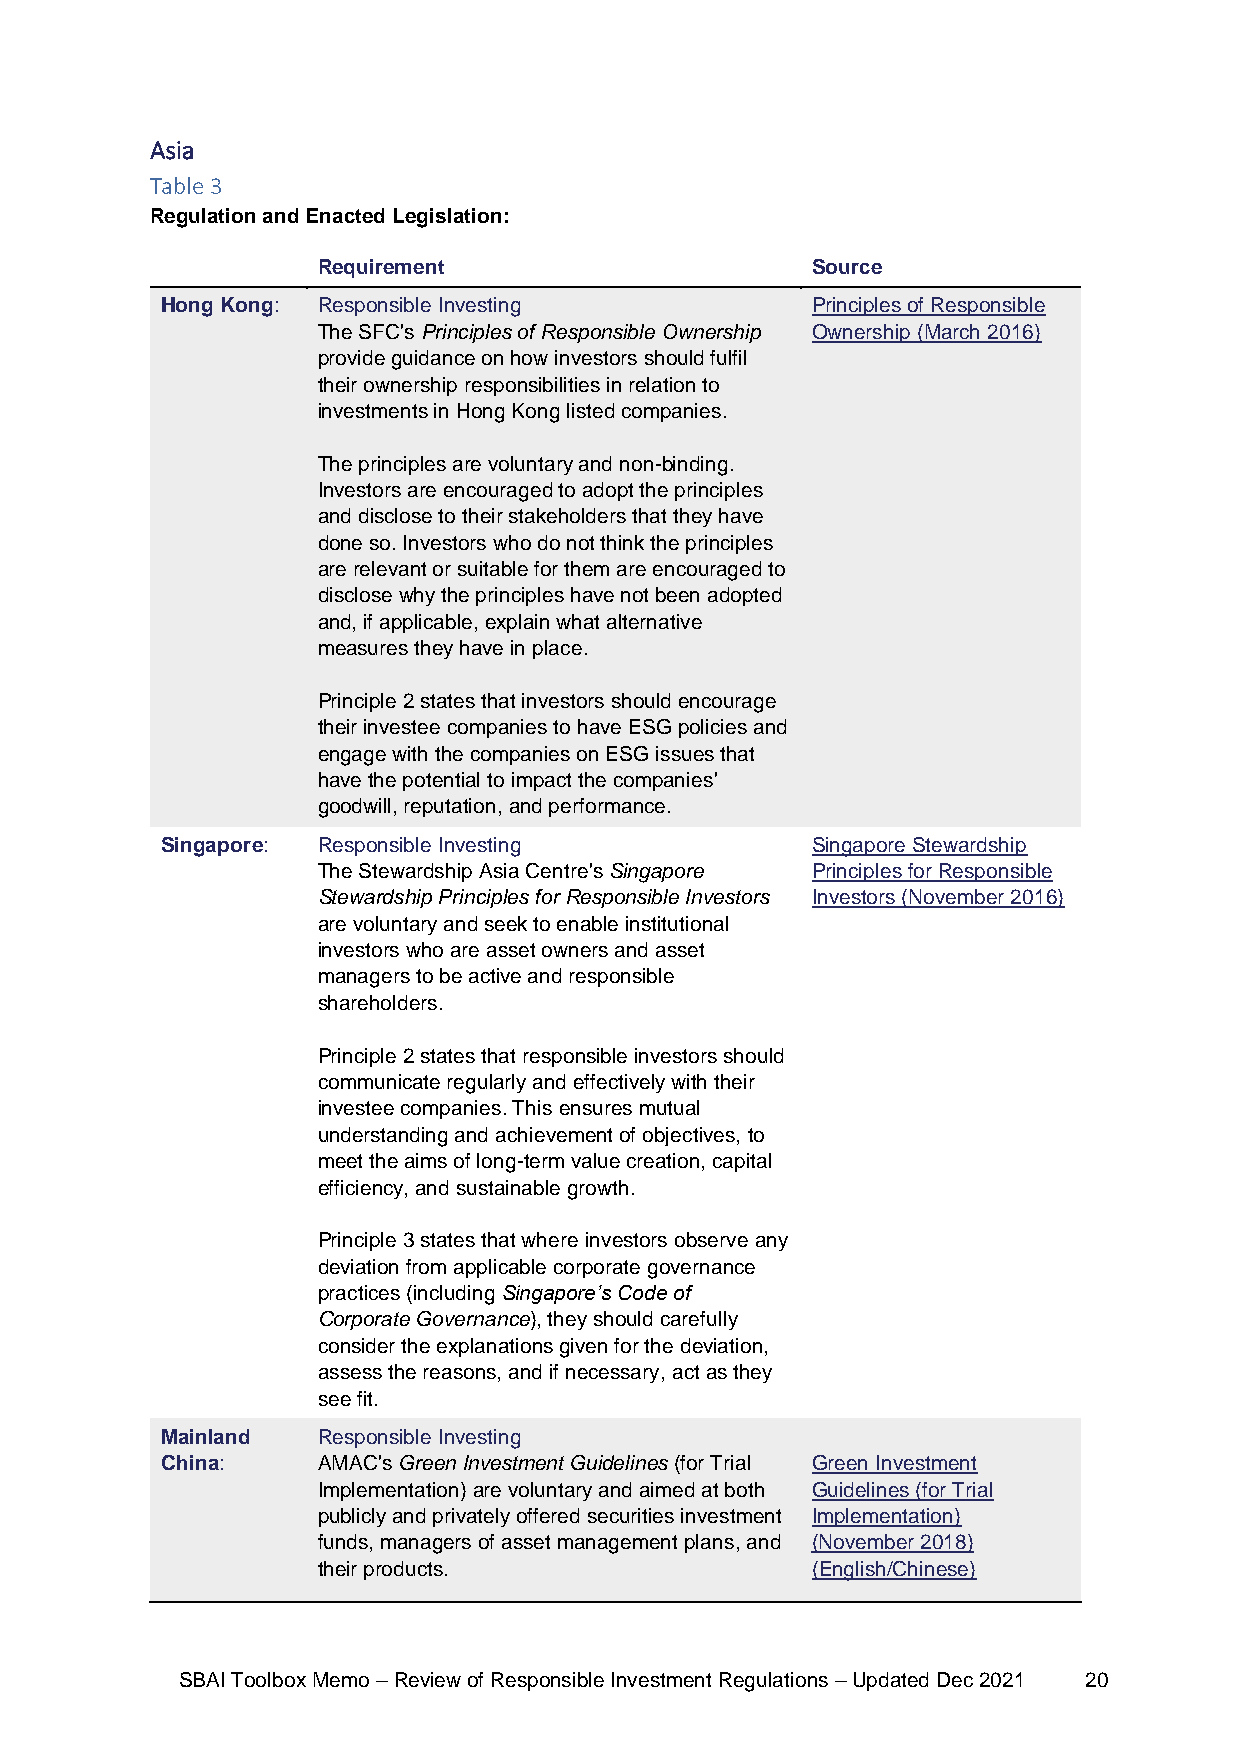
Asia
 Table 3
 Regulation and Enacted Legislation:
 Requirement                      Source
 Hong Kong: Responsible Investing           Principles of Responsible
 The SFC's Principles of Responsible Ownership Ownership (March 2016)
 provide guidance on how investors should fulfil
 their ownership responsibilities in relation to
 investments in Hong Kong listed companies.
 The principles are voluntary and non-binding.
 Investors are encouraged to adopt the principles
 and disclose to their stakeholders that they have
 done so. Investors who do not think the principles
 are relevant or suitable for them are encouraged to
 disclose why the principles have not been adopted
 and, if applicable, explain what alternative
 measures they have in place.
 Principle 2 states that investors should encourage
 their investee companies to have ESG policies and
 engage with the companies on ESG issues that
 have the potential to impact the companies'
 goodwill, reputation, and performance.
 Singapore: Responsible Investing           Singapore Stewardship
 The Stewardship Asia Centre's Singapore Principles for Responsible
 Stewardship Principles for Responsible Investors Investors (November 2016)
 are voluntary and seek to enable institutional
 investors who are asset owners and asset
 managers to be active and responsible
 shareholders.
 Principle 2 states that responsible investors should
 communicate regularly and effectively with their
 investee companies. This ensures mutual
 understanding and achievement of objectives, to
 meet the aims of long-term value creation, capital
 efficiency, and sustainable growth.
 Principle 3 states that where investors observe any
 deviation from applicable corporate governance
 practices (including Singapore’s Code of
 Corporate Governance), they should carefully
 consider the explanations given for the deviation,
 assess the reasons, and if necessary, act as they
 see fit.
 Mainland  Responsible Investing
 China:    AMAC's Green Investment Guidelines (for Trial Green Investment
 Implementation) are voluntary and aimed at both Guidelines (for Trial
 publicly and privately offered securities investment Implementation)
 funds, managers of asset management plans, and (November 2018)
 their products.                  (English/Chinese)
 SBAI Toolbox Memo – Review of Responsible Investment Regulations – Updated Dec 2021 20